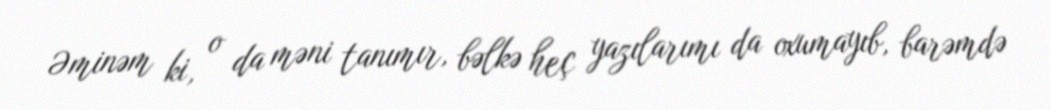
Əminəm ki, o da məni tanımır, bəlkə heç yazılarımı da oxumayıb, barəmdə